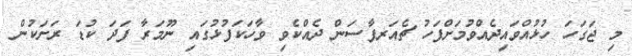
މި ޖަގަހަ ހުޅުއްވައިދެއްވުމަށްފަހު ޗެއަރޕާސަން ދެއްކެވި ވާހަކަފުޅުގައި ނޫމަރާ ފަދަ ކުޑަ ރަށަކުން